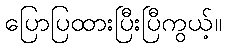
ပြောပြထားပြီးပြီကွယ့်။